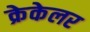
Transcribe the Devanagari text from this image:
क्रेकेलर